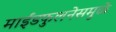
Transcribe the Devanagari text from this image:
माईंडफुलनेसमुळे